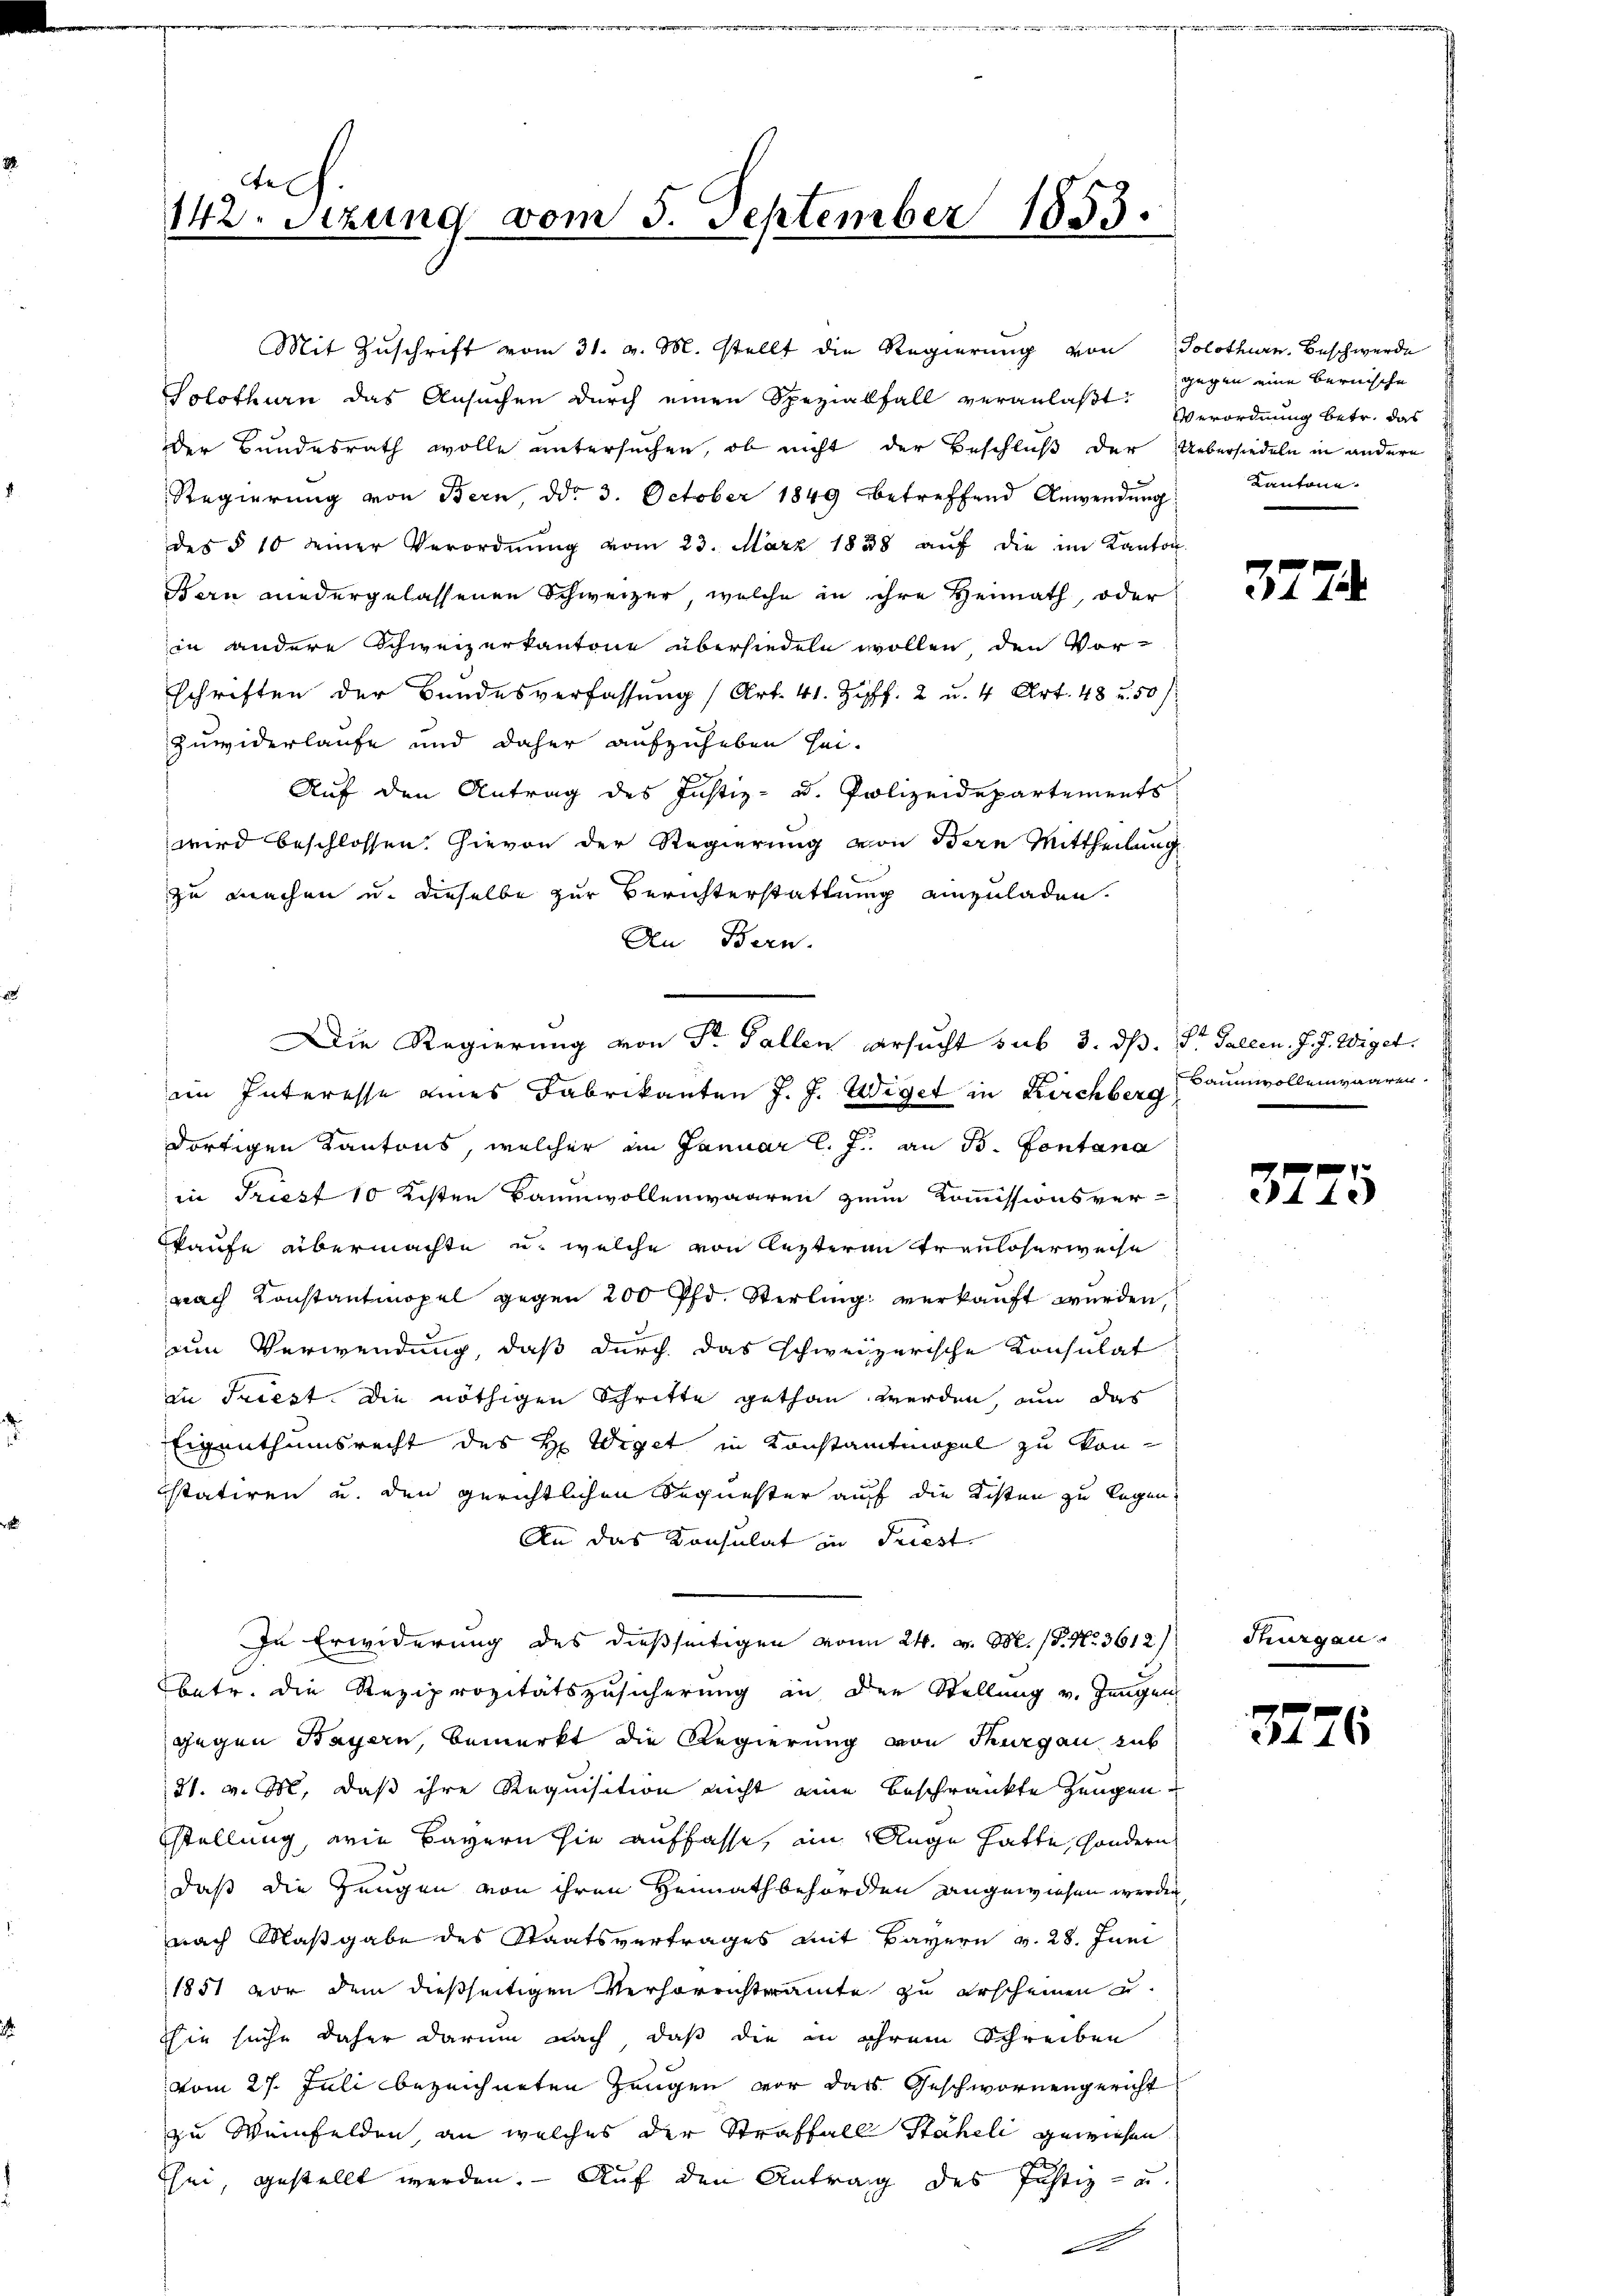
tel
142. Sitzung vom 5. September 1853.

der Bundesrath wolle untersuchen, ob nicht der Beschluß der
Regierung von Bern, ddo 3. October 1849 betreffend Anwendung
des § 10 seiner Verordnŭng vom 23. März 1858 aŭf die im Kanton
Bern wiedergelassenen Schweizer, welche in ihre Heimath, oder
in andere Schweizerkantone übersiedeln wollen, den Vor-
schriften der Bundesverfassung (Art. 41. Ziff. 2 u. 4 Art. 48 u. 50
Zuwiderlaufe und daher aufzuheben sei.
Auf den Antrag des Justiz- u. Polizeidepartements
wird beschlossen. Hievon der Regierung von Bern Mittheilung
zu machen u. dieselbe zur Berichterstattung einzuladen.
An Bern.
eim Interesse eines Fabrikanten J. J. Wiget in Kirchberg, Baumwollenwaaren.
dortigen Kantons, welcher im Januar l. J. an B. Fontana
in Triest 10 Kisten Baumwollenwaaren zum Kommissionsver-
kaufe übermachte u. welche von lezteren Trauloserweise
nach Konstantmopel gegen 200 Pfd. Sterling verkauft wurden,
um Verwendung, daß durch das schweizerische Konsulat
in Triest. Die nöthigen Schritte gethan werden, um das
Eigenthumsrecht des H Wiget in Konstamtmopel zu konitatiren u. den gerichtlichen Sequester auf die Kisten zu legen
An das Konsulat in Priest.
In Erwiderung des dießseitigen von 24. v. M. P. Nr. 3612)
betr. die Reziprozitätszusicherung in den Stellung v. Jünger
gegen Bayern, bemerkt die Regierung von Thurgau aut
31. v. M. daß ihre Requisition nicht eine beschränkte Zeugen.
stellung, wie Bayern sie auffasse, im Auge hatte, sondern
daß die Zeugen von ihren Heimathbehörden angewiesen werd
nach Maßgabe des Staatsvertrages mit Bayern v. 28. Juni
1851 vor dem dießseitigen Verhörrichteramte zu erscheinen u.
thie suche daher darum nach daß die in ihrem Schreiben
vom 27. Juli bezeichneten Zeugen vor das Geschwornengericht
zu Weinfelden an welches der Straffall Stäheli gewiesen
hei, gestellt werden. — Auf den Antrag des Justiz- u

Mit Zŭschrift vom 31. v. M. stellt die Regierŭng von Solothurn. Beschwerde
Solothurn das Ansuchen durch einen Spezialfall veranlaßt:

Die Regierung von Sr. Fallen ersucht sub 3. dß. Dr. Gallen. J. J. Wiget.

gegen eine bernische
Verordnung betr. das
Uebersiedeln in andern
Kantone.

.

f
e

3774.

3775

Thurgau.

3726